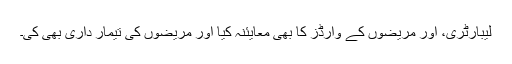
لیبارٹری، اور مریضوں کے وارڈز کا بھی معایئنہ کیا اور مریضوں کی تیمار داری بھی کی۔